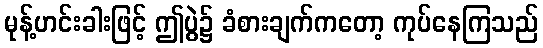
မုန့်ဟင်းခါးဖြင့် ဤပွဲ၌ ခံစားချက်ကတော့ ကုပ်နေကြသည်